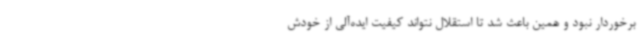
برخوردار نبود و همین باعث شد تا استقلال نتواند کیفیت ایده‌آلی از خودش